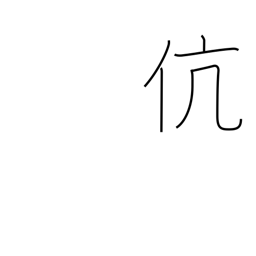
Meaning: same kind